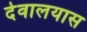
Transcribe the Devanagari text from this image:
देवालयास